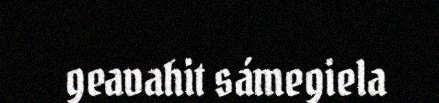
geavahit sámegiela